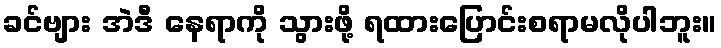
ခင်ဗျား အဲဒီ နေရာကို သွားဖို့ ရထားပြောင်းစရာမလိုပါဘူး။